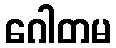
ဂေါတမ